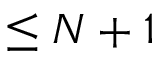
\le N + 1